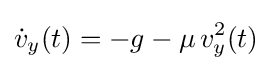
{\dot {v}}_{y}(t)=-g-\mu \,v_{y}^{2}(t)